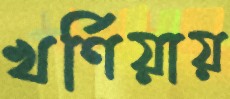
খর্ণিয়ায়